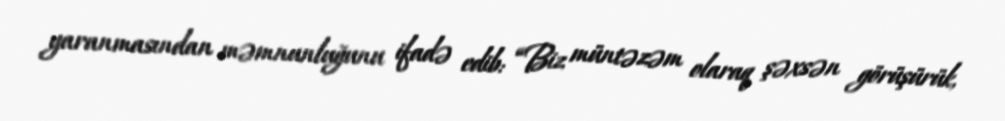
yaranmasından məmnunluğunu ifadə edib: “Biz müntəzəm olaraq şəxsən görüşürük,